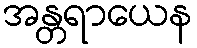
အန္တရာယေန